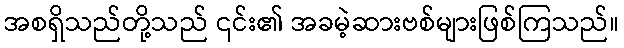
အစရှိသည်တို့သည် ၎င်း၏ အခမဲ့ဆားဗစ်များဖြစ်ကြသည်။